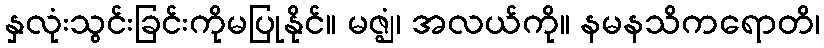
နှလုံးသွင်းခြင်းကိုမပြုနိုင်။ မဇ္ဈံ၊ အလယ်ကို။ နမနသိကရောတိ၊